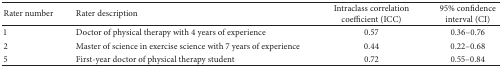
<table><thead><tr><td><b>Rater number</b></td><td><b>Rater description</b></td><td><b>Intraclass correlation coefficient (ICC)</b></td><td><b>95% confidence interval (CI)</b></td></tr></thead><tbody><tr><td>1</td><td>Doctor of physical therapy with 4 years of experience</td><td>0.57</td><td>0.36–0.76</td></tr><tr><td>2</td><td>Master of science in exercise science with 7 years of experience</td><td>0.44</td><td>0.22–0.68</td></tr><tr><td>5</td><td>First-year doctor of physical therapy student</td><td>0.72</td><td>0.55–0.84</td></tr></tbody></table>